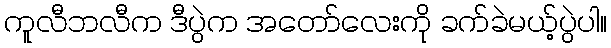
ကူလီဘလီက ဒီပွဲက အတော်လေးကို ခက်ခဲမယ့်ပွဲပါ။